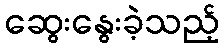
ဆွေးနွေးခဲ့သည့်